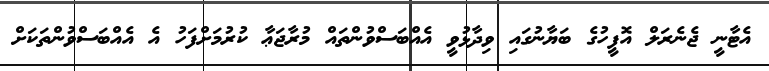
އެޓާނީ ޖެނެރަލް އޮފީހުގެ ބަޔާނުގައި ވިދާޅުވީ އެއްބަސްވުންތައް މުރާޖަޢާ ކުރުމަށްފަހު އެ އެއްބަސްވުންތަކަށް